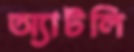
অ্যাটলি